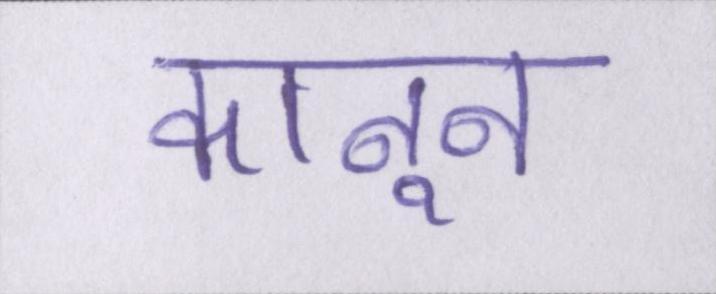
कानून